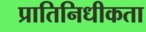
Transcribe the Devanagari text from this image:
प्रातिनिधीकता